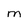
Character: M